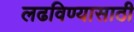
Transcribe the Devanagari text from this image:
लढविण्यासाठी